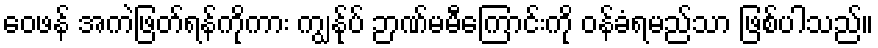
ဝေဖန် အကဲဖြတ်ရန်ကိုကား ကျွန်ုပ် ဉာဏ်မမီကြောင်းကို ဝန်ခံရမည်သာ ဖြစ်ပါသည်။